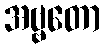
အဗ္ဗတော